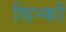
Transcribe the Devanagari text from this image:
सिन्फों